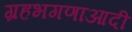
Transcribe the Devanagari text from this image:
ग्रहभगणाआदी